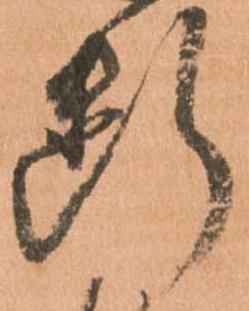
断